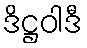
ဒိဋ္ဌဝါဒီ